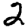
Digit: 2